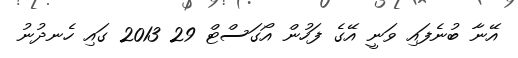
އޭނާ ބުނެފައި ވަނީ އޭގެ ފަހުން އޯގަސްޓް 29 2013 ގައި ހެނދުނު